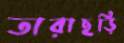
তারাছড়ি